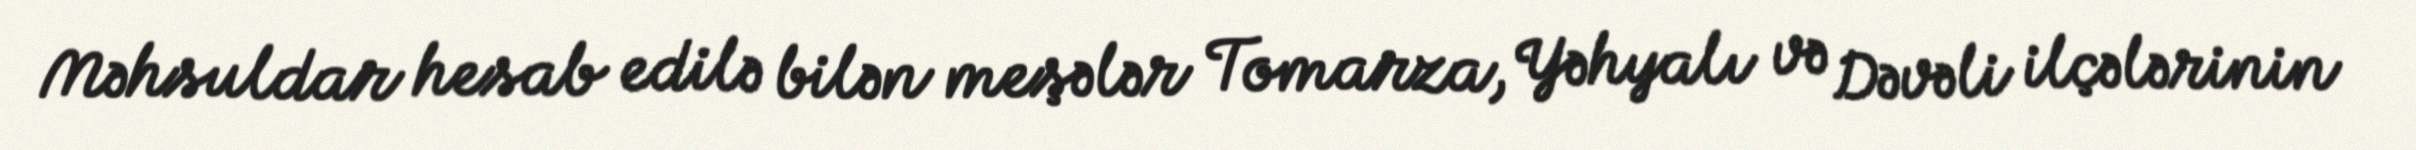
Məhsuldar hesab edilə bilən meşələr Tomarza, Yəhyalı və Dəvəli ilçələrinin